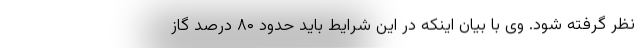
نظر گرفته شود. وی با بیان اینکه در این شرایط باید حدود ۸۰ درصد گاز